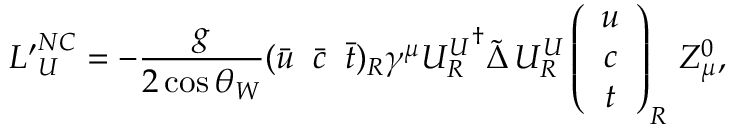
{ { \cal L } ^ { \prime } } _ { U } ^ { N C } = - \frac { g } { 2 \cos \theta _ { W } } ( \bar { u } \; \; \bar { c } \; \; \bar { t } ) _ { R } \gamma ^ { \mu } { U _ { R } ^ { U } } ^ { \dagger } \tilde { \Delta } \, U _ { R } ^ { U } \left( \begin{array} { c } { { u } } \\ { { c } } \\ { { t } } \end{array} \right) _ { R } \, Z _ { \mu } ^ { 0 } ,